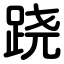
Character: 跷